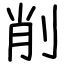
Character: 削